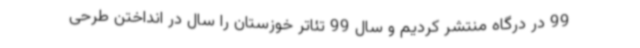
99 در درگاه منتشر کردیم و سال 99 تئاتر خوزستان را سال در انداختن طرحی